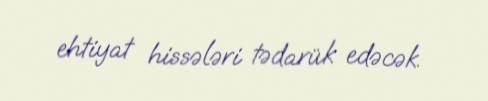
ehtiyat hissələri tədarük edəcək.